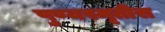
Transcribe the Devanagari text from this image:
पुण्यस्मृतीस